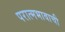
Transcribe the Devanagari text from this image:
परात्मभावाची